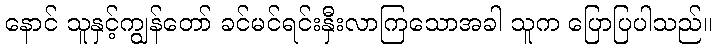
နောင် သူနှင့်ကျွန်တော် ခင်မင်ရင်းနှီးလာကြသောအခါ သူက ပြောပြပါသည်။